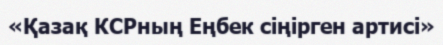
«Қазақ КСРның Еңбек сіңірген артисі»